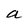
Character: a